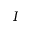
{ \cal I }